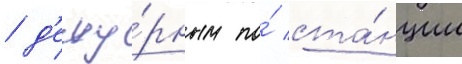
/ д'ежу́рным по́ ста́нции